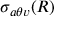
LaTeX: \sigma _ { a \theta v } ( R )